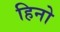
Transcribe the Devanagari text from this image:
हिनो